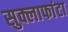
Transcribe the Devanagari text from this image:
सुक्लाफांटा